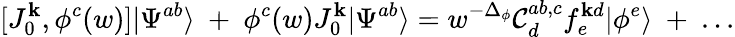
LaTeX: [J_{0}^{\mathbf{k}},\phi^{c}(w)]|\Psi^{ab}\rangle~+~\phi^{c}(w)J_{0}^{\mathbf{k}}|\Psi^{ab}\rangle=w^{-\Delta_{\phi}}\mathcal{C}_{d}^{ab,c}f_{e}^{\mathbf{k}d}|\phi^{e}\rangle~+~...